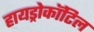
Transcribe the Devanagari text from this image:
हायड्रोकॉटिल